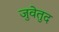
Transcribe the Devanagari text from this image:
जुवेतुद